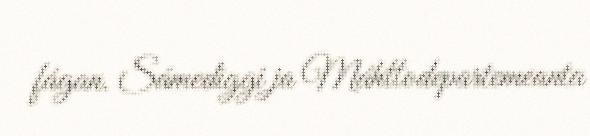
fágan. Sámediggi ja Máhttodepartemeanta